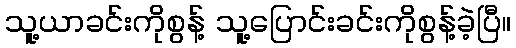
သူ့ယာခင်းကိုစွန့် သူ့ပြောင်းခင်းကိုစွန့်ခဲ့ပြီ။